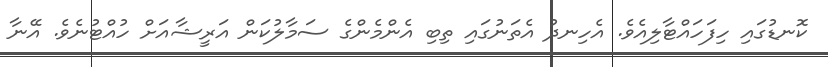
ކޮނޑުގައި ހިފަހައްޓާލިއެވެ. އެހިނދު އެތަނުގައި ތިބި އެންމެންގެ ސަމާލުކަން އަރީޝާއަށް ހުއްޓުނެވެ. އޭނާ